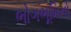
ભોગભૂમિનો